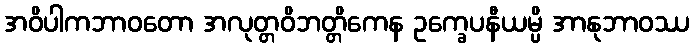
အဝိပါကဘာဝတော အလုတ္တဝိဘတ္တိကေန ဥက္ခေပနီယမ္ပိ အာနုဘာဝဿ